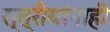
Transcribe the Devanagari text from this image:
स्त्रीयांनाही